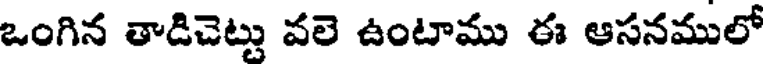
ఒంగిన తాడిచెట్టు వలె ఉంటాము ఈ ఆసనములో